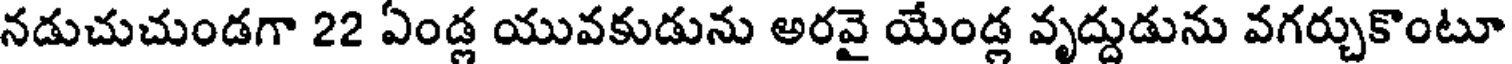
నడుచుచుండగా 22 ఏండ్ల యువకుడును అరవై యేండ్ల వృద్దుడును వగర్చుకొంటూ